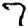
Digit: 7